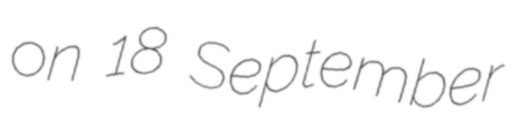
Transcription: on 18 September